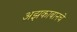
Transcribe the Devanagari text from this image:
अझकाबानचे